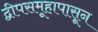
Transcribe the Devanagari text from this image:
द्वीपसमूहापासून